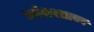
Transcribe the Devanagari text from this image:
प्रवेशपत्रावर